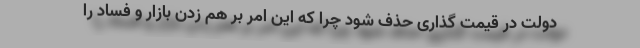
دولت در قیمت گذاری حذف شود چرا که این امر بر هم زدن بازار و فساد را